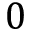
0